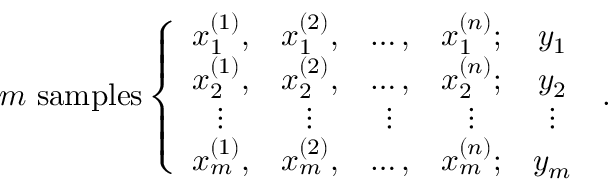
m \ \mathrm { s a m p l e s } \left\{ \begin{array} { c c c c c } { x _ { 1 } ^ { ( 1 ) } , } & { x _ { 1 } ^ { ( 2 ) } , } & { \ldots , } & { x _ { 1 } ^ { ( n ) } ; } & { y _ { 1 } } \\ { x _ { 2 } ^ { ( 1 ) } , } & { x _ { 2 } ^ { ( 2 ) } , } & { \ldots , } & { x _ { 2 } ^ { ( n ) } ; } & { y _ { 2 } } \\ { \vdots } & { \vdots } & { \vdots } & { \vdots } & { \vdots } \\ { x _ { m } ^ { ( 1 ) } , } & { x _ { m } ^ { ( 2 ) } , } & { \ldots , } & { x _ { m } ^ { ( n ) } ; } & { y _ { m } } \end{array} \right. \, .